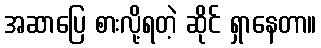
အဆာပြေ စားလို့ရတဲ့ ဆိုင် ရှာနေတာ။